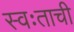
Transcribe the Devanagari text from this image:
स्वःताची